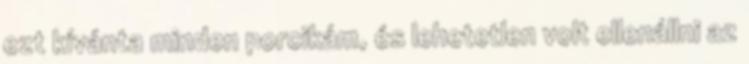
ezt kívánta minden porcikám, és lehetetlen volt ellenállni az